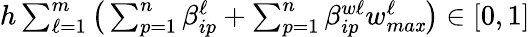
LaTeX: h\textstyle\sum_{\ell=1}^{m}\big(\textstyle\sum_{p=1}^{n}\beta_{ip}^{\ell}+\textstyle\sum_{p=1}^{n}\beta_{ip}^{w\ell}w_{ma\mathit{x}}^{\ell}\big)\in[0,1]